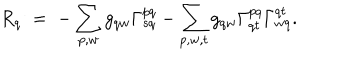
R _ { q } \; = \; - \sum _ { p , w } g _ { q w } \Gamma _ { s q } ^ { p q } - \sum _ { p , w , t } g _ { q w } \Gamma _ { q t } ^ { p q } \Gamma _ { w q } ^ { q t } .